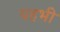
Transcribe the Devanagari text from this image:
यहभी